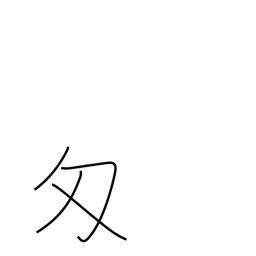
Meaning: monme